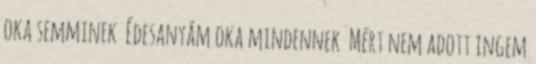
oka semminek Édesanyám oka mindennek Mért nem adott ingem